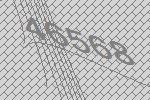
46568